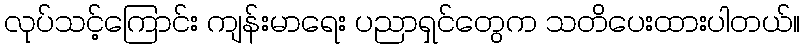
လုပ်သင့်ကြောင်း ကျန်းမာရေး ပညာရှင်တွေက သတိပေးထားပါတယ်။